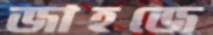
জাহজে